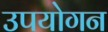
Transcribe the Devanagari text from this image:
उपयोगन